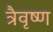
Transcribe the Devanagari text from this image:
त्रैवृष्ण